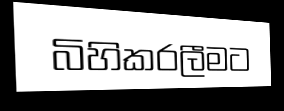
බිහිකරලීමට